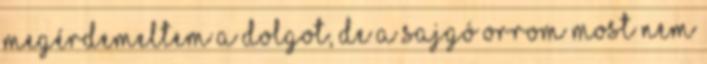
megérdemeltem a dolgot, de a sajgó orrom most nem